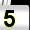
Digit: 5